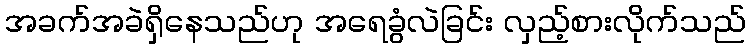
အခက်အခဲရှိနေသည်ဟု အရေခွံလဲခြင်း လှည့်စားလိုက်သည်